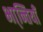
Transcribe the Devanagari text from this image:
भा्न्तियाँ